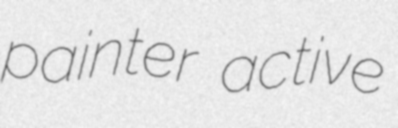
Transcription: painter active